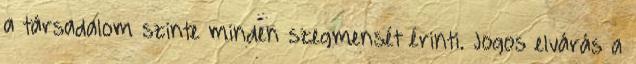
a társadalom szinte minden szegmensét érinti. Jogos elvárás a